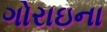
ગોરાઇના